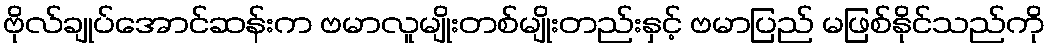
ဗိုလ်ချုပ်အောင်ဆန်းက ဗမာလူမျိုးတစ်မျိုးတည်းနှင့် ဗမာပြည် မဖြစ်နိုင်သည်ကို